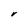
Character: r